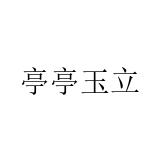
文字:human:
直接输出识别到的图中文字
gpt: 亭亭玉立